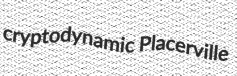
cryptodynamic Placerville